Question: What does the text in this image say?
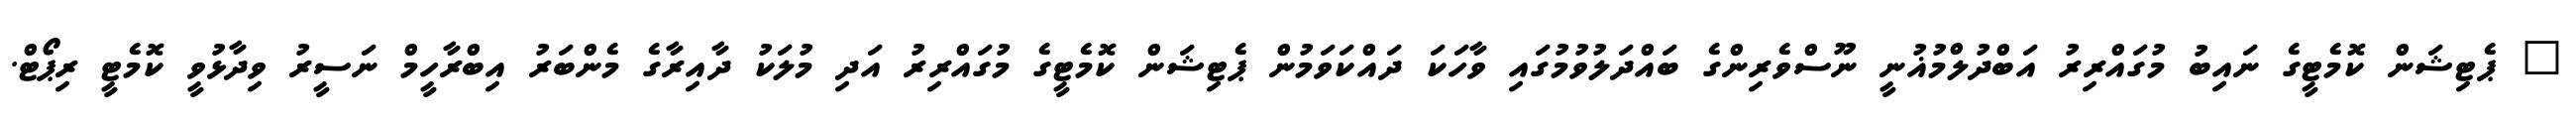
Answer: " ޕެޓިޝަން ކޮމެޓީގެ ނައިބު މުގައްރިރު އަބްދުލްމުޣުނީ ނޫސްވެރިންގެ ބައްދަލުވުމުގައި ވާހަކަ ދައްކަވަމުން ޕެޓިޝަން ކޮމެޓީގެ މުގައްރިރު އަދި މުލަކު ދާއިރާގެ މެންބަރު އިބްރާހީމް ނަސީރު ވިދާޅުވީ ކޮމެޓީ ރިޕޯޓް.